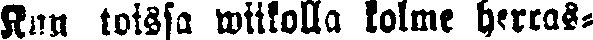
Kun toissa wiikolla kolme herras-